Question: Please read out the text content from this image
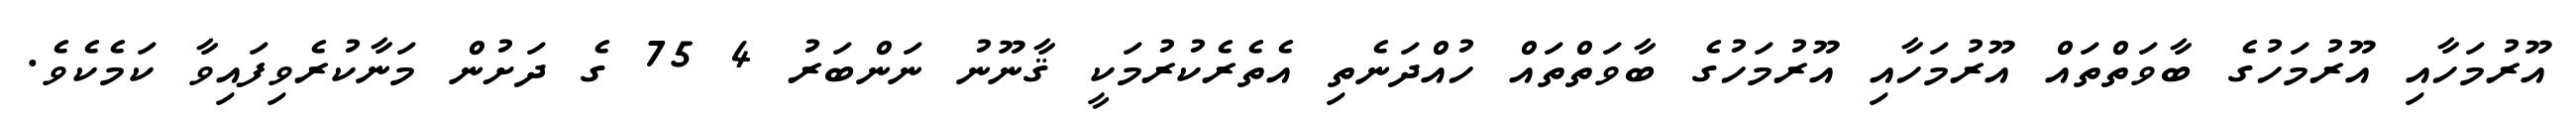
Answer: އޫރުމަހާއި އޫރުމަހުގެ ބާވަތްތައް އޫރުމަހާއި އޫރުމަހުގެ ބާވަތްތައް ހުއްދަނެތި އެތެރެކުރުމަކީ ޤާނޫނު ނަންބަރު 4 75 ގެ ދަށުން މަނާކުރެވިފައިވާ ކަމެކެވެ.